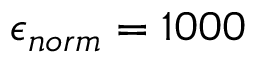
\epsilon _ { n o r m } = 1 0 0 0